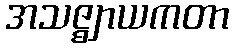
အသဇ္ဈာယကတာ